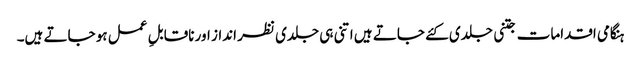
ہنگامی اقدامات جتنی جلدی کئے جاتے ہیں اتنی ہی جلدی نظر انداز اور ناقابلِ عمل ہو جاتے ہیں۔